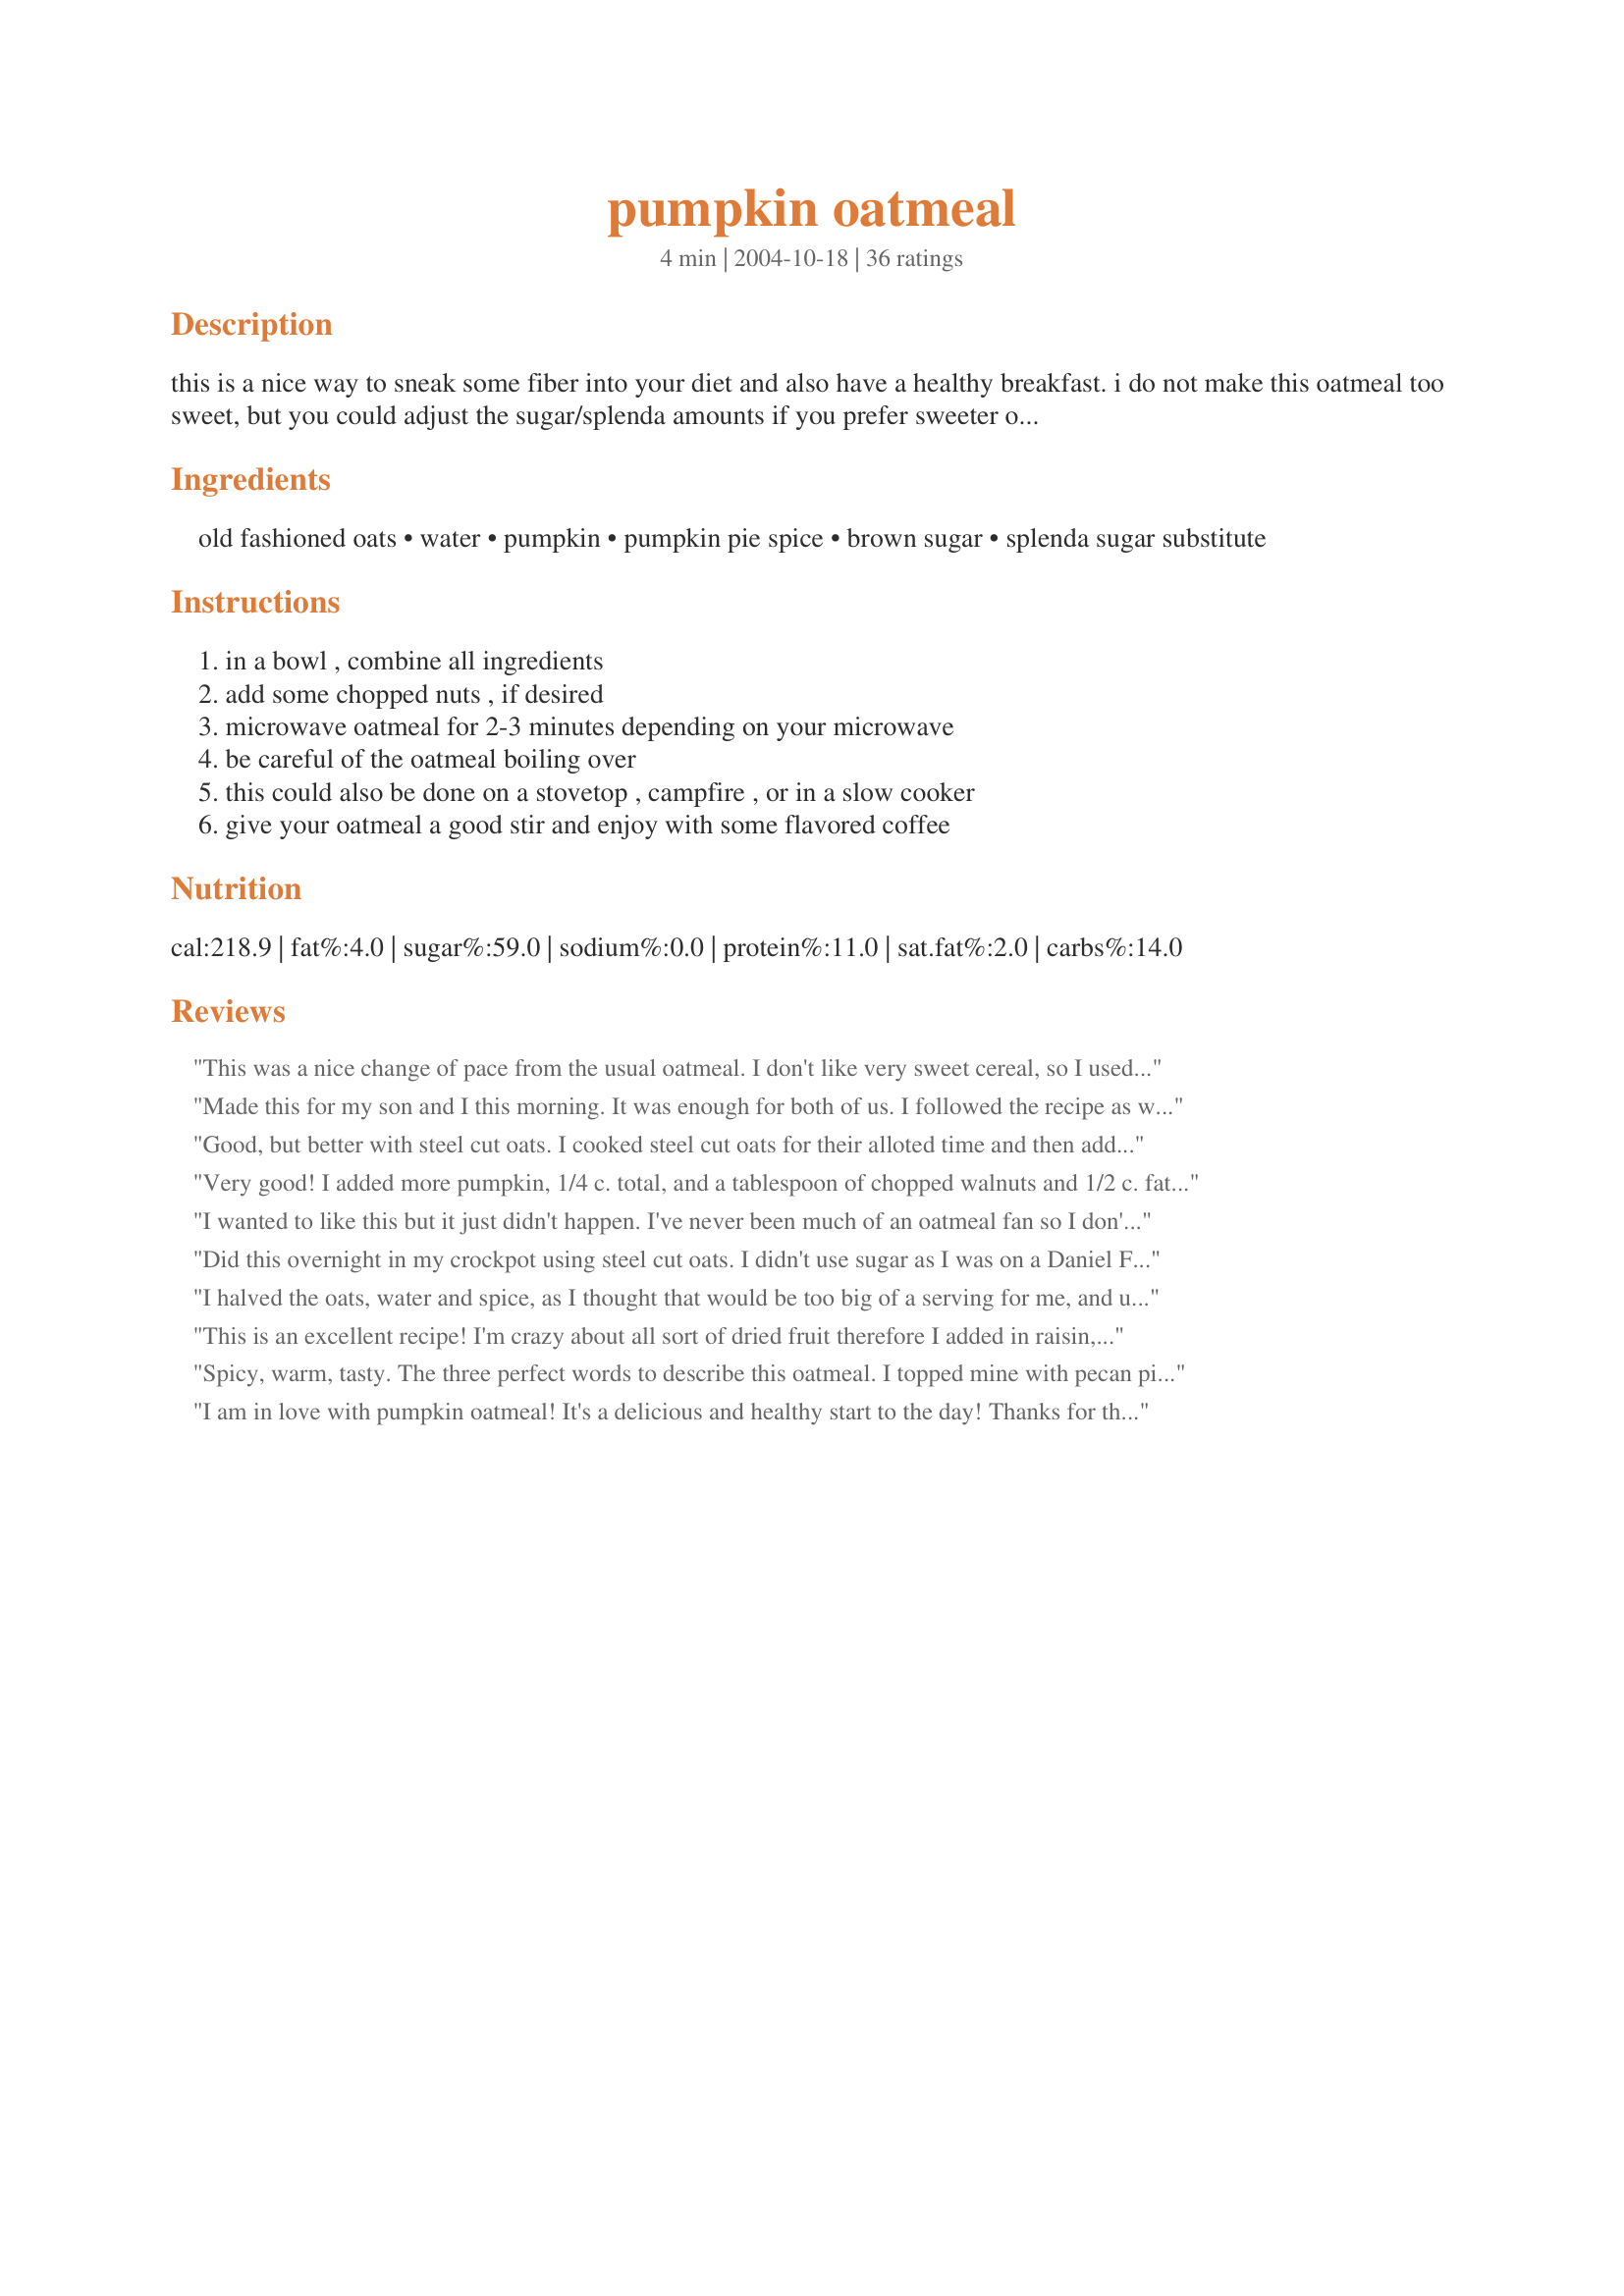
pumpkin oatmeal
Preparation time: 4 minutes

this is a nice way to sneak some fiber into your diet and also have a healthy breakfast. i do not make this oatmeal too sweet, but you could adjust the sugar/splenda amounts if you prefer sweeter oatmeals. this would be great with some chopped walnuts or pecans also.

Ingredients:
old fashioned oats, water, pumpkin, pumpkin pie spice, brown sugar, splenda sugar substitute

Steps:
in a bowl , combine all ingredients, add some chopped nuts , if desired, microwave oatmeal for 2-3 minutes depending on your microwave, be careful of the oatmeal boiling over, this could also be done on a stovetop , campfire , or in a slow cooker, give your oatmeal a good stir and enjoy with some flavored coffee

Reviews:
This was a nice change of pace from the usual oatmeal. I don't like very sweet cereal, so I used only the brown sugar. I found that for my taste the pumpkin pie spice overwhelmed the pumpkin to some extent, so next time I will probably go to 1/3 of a cup of pumpkin & cut back a bit on the spice.
Made this for my son and I this morning. It was enough for both of us. I followed the recipe as written but used Splenda brown sugar blend and used more then the recipe called for as my son didn't think it was sweet enough. This cooked up fast in the microwave. We both enjoyed it.
Good, but better with steel cut oats. I cooked steel cut oats for their alloted time and then added all these things. Yummy. I didn't use the brown sugar because it isn't on my diet. But everything else was awesome.
Very good! I added more pumpkin, 1/4 c. total, and a tablespoon of chopped walnuts and 1/2 c. fat free milk on top. Next time I'll add a pinch of salt, I thought it could use it. Love the creamy texture and generous sized portion.
I wanted to like this but it just didn't happen. I've never been much of an oatmeal fan so I don't think it's fair to rate this. I'm trying to develop a taste for it because it's so healthy! I might try to adjust some of the amounts in this recipe and try again.
Did this overnight in my crockpot using steel cut oats. I didn't use sugar as I was on a Daniel Fast, but put in raisins for the sweet I was missing. Was good, probably not sweet enough for most people... plan on making it again this week with the brown sugar or stevia. I love how I can put it in the night before and it's ready for me in the morning (I use a really small crockpot for two people).
I halved the oats, water and spice, as I thought that would be too big of a serving for me, and used about 1/4 cup pumpkin, and 3/4 tbsp brown sugar. I liked the flavour of this oatmeal, I just didn't enjoy the flavour hot. Even though I like warm pumpkin muffins, I related this taste to that of pumpkin pie, which is usually eaten cold. Anyway, thanks for the recipe, and sorry I can't give it a higher rating!
This is an excellent recipe! I'm crazy about all sort of dried fruit therefore I added in raisin, sultanas and cranberry. The mixed fruit taste is fabulous! I substituted milk with homemade soymilk... it taste amazing good! Thanks for sharing this recipe.<br/><br/>Lisa<br/>www.bakingfrenzy.com
Spicy, warm, tasty. The three perfect words to describe this oatmeal. I topped mine with pecan pis glazed pecans, and ate every last bit of my serving. Perfect! Thank you for posting.
I am in love with pumpkin oatmeal! It's a delicious and healthy start to the day! Thanks for the great recipe!
This didn't hit the spot for me. I like my oatmeal relatively sweet so I added an additional tablespoon of brown sugar. This didn't really help. Maybe I should try nuts and milk like others suggested.
We both love this for a nice change to our morning oatmeal. We add about 1/2 cup of pumpkin to make it creamier and enjoy it!
not rating this because i didn't exactly follow the recipe in the end- i made the oatmeal like you see here, but i just couldn't stomach it on its own, so i made a packet of lower sugar maple + brown sugar quaker oatmeal, and then added about half of the pumpkin oatmeal mixture to that and thennnn it was delicious. :)
I eat something similar for breakfast every morning. I LOVE pumpkin so I do 1/3 cup oats and 1/2 cup pumpkin. I sweeten with flavoring syrup (like davinci or torani). My favorite is hazelnut. Try it sometime!
I really liked this oatmeal. It isn't too sweet yet it is just sweet enough. I used about 3/4 tsp of granulated sugar in place of the splenda because artificial sweeteners tend to give me migraines. Next time I will try this with 1/8 cup of raisins as well- cranberries might be good too.
What a nice surprise to find a pumpkin oatmeal recipe =) Oatmeal is so good for you, & I love pumpkin! I used 1/2 c. water, 1/2 c. soy milk, 1/4 c. pumpkin, 2 T. brown sugar (don't care for artificial sweeteners), 1/2 t. pumpkin pie spice, and a handful each of chopped almonds & raisins. I can imagine that a little more spice or cinnamon would add more flavor & maybe some vanilla...Overall, it was a very comforting, yummy twist on an old favorite...oatmeal! =)
Thanks for posting this. I would never had thought of adding pumpkin to my breakfast cereal. I didn't follow the amounts exactly, just eyeballed it and probably had more pumpkin in mine than in the original recipe. Topped it with vanilla yogurt. This is definitely a keeper.
This is so warm and sticky and good! I have been trying to use up some extra pumpkin and this was a great recipe for it. I didn't have the pie spice, so I just used cinnamon and nutmeg. I added a few tablespoons of applesauce to each bowl to cool it a bit and replace the splenda (since I don't use that) and all the flavors were delicious! Thanks for a great way to use pumpkin!
This was delicious!! Probably my new favorite weekday breakfast! I used 1/4 cup pumpkin and 1/2 cup each of skim milk and water to make the oatmeal more creamy. Thanks for a wonderful recipe!
pretty good. I used quick oats and milk. I didn't use the splenda, but I did up the brown sugar.
Very good pumpkin oatmeal. I love pumpkin so I doubled the pumpkin puree and also added a little bit more brown sugar. I thought the pumpkin pie spice was just right. Easy to make and I will be making this again thanks for sharing and what a great idea for spicing up plain oatmeal. Made for the "Breakfast anytime" September challenge in the cooking photo forum.
Great flavor! I used half water and half milk, didn't add the sugar substitute and added apples. After it cooled for a few minutes, I added 1/2 cup of vanilla yogurt.
My first time having pumpkin with oatmeal and it was very good. I used less brown sugar and more splenda and a mix of my spices since I was out of pumpkin pie spice. I love getting more pumpkin in my diet since it is so good for you. Oh, I used almond milk instead of water. (Just because I had some that needed using up). Thanks for posting Amber, this goes in my breakfast rotation.
I absolutely love pumpkin flavored anything but this was sadly disappointing. It was very bland tasting and the ginger was too overpowering. I would not recommend or make again!!!
Yum yum yum. I left out the Splenda and threw in 2 T dried cranberries. (I bet it would be good with raisins or dried apples too). The only change I'd make is to throw in some vanilla and a little milk.
Very good. Weight Watcher friendly. I cook my oatmeal for 5 minutes @ 50% power, that way it doesnt overflow.
I was going to post this so I'm glad I found yours first! It's a really nice recipe, I make it most mornings in the autumn/winter. Instead of the pumpkin pie spice (which I can't find in U.K.), I use 1/2 teaspoon ginger, 1/2 teaspoon mixed spice and 1 teaspoon cinnamon- I like it really spicy! It's really filling and warming, and you get lots of vitamins from the pumpkin.
This is one of my favorite fall oatmeals. I made mine with brown sugar twin instead of regular brown sugar. Some other nice variations are a pinch of dried ginger in the oatmeal or a sprinkling of chopped crystalized ginger on top after preparation.
I just finished off my bowl of this pumpkin oatmeal.
I was unsure at first, but it grew on me!
You have to sweeten it up just right to get a wonderful pumpkin pie taste!
I used 1/4 cup pumpkin and it turned out just right.
Very Filling along with a glass of ice cold Milk!!
Thanks, I will save this one!
This was delicious and incredibly filling! A great way to start off a morning!
I like this with oat bran. I usually add a bit more, maybe cranberries or apples or raisins or nuts. I also like a touch of ginger and some almond milk. Pumpkin makes the oat bran so creamy!
This was a nice, filling breakfast that I really enjoyed. I didn't sweeten it beyond the brown sugar because I don't like Splenda and didn't think it needed to be sweeter. I used milk instead of water for protein and chopped up a pear and throw it in. I'm glad, because I was a bit bored by the end. Still, it was good!
This was nice. I am trying to eat a lot of oatmeal and need a bunch of different ways to make it to keep from getting bored. I used 2 tsp. of splenda instead of the splenda/brown sugar mix. I also only used 1/2 tsp. of pumpkin pie spice because it seemed like so much. Next time I will use the full amount. Nothing flashy here, just basic comfort food to fill you up in a healthy way. Thanks Amber!
So delicious! I left out the Splenda, and stirred in 1/4 cup fat free milk after cooking. Couldn't believe how good it was! Thanks for posting!
This is delicious! I used 1/4 cup of pumpkin, and 1/2 cup water with 1/2 cup soy milk to get a more creamier texture. I'm surprised at how creamy and delicious and filling it is! I also added a sprinkling of raisins for some extra sweetness. This is a great way to use up leftover pumpkin, and my mornings are already looking better now :) Thanks!
Pumpkin has now successfully infiltrated breakfast! Thank you! I definitely played with the sugar/pumpkin amount, but I didn't write it down.
